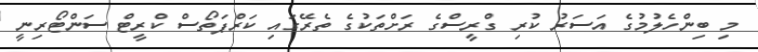
މި ބިންހެލުމުގެ އަސަރު ކުރި ގްރީސްގެ ރަށްތަކުގެ ތެރޭގައި ކަރްޕަތޯސް ކްރީޓް ސަންޓޯރިނީ